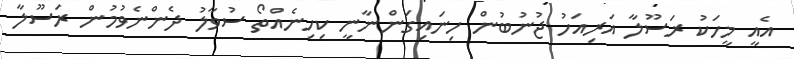
އެއީ މީހަކު ރަސޫލާ އަރިއަހު ޖުނުބުން ހިނައިގަންނާނީ ކިހިނެއްތޯ ސުވާލު ދެންނެވުމުން ރަސޫލާ